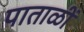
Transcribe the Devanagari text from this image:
पाताळीं